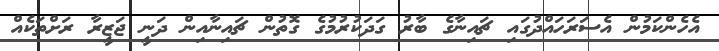
އެހެންކަމުން އެސަރަހައްދުގައި ޗައިނާގެ ބާރު ގަދަކުރުމުގެ ގޮތުން ޗައިނާއިން ދަނީ ޖަޒީރާ ރަށްތަކެއް